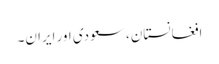
افغانستان، سعودی اور ایران۔